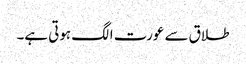
طلاق سے عورت الگ ہوتی ہے۔